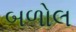
બળોલ